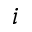
i